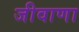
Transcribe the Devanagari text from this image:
जीवाणा